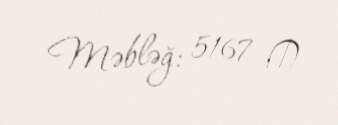
Məbləğ: 5167 ₼